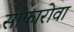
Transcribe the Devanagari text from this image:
साफारोवा